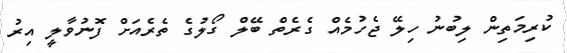
ކުރިމަތިން ލިބުނު ހިލޭ ޖެހުމެއް ގެރެތް ބޭލް ގޯލުގެ ތެރެއަށް ފޮނުވާލީ އިރު